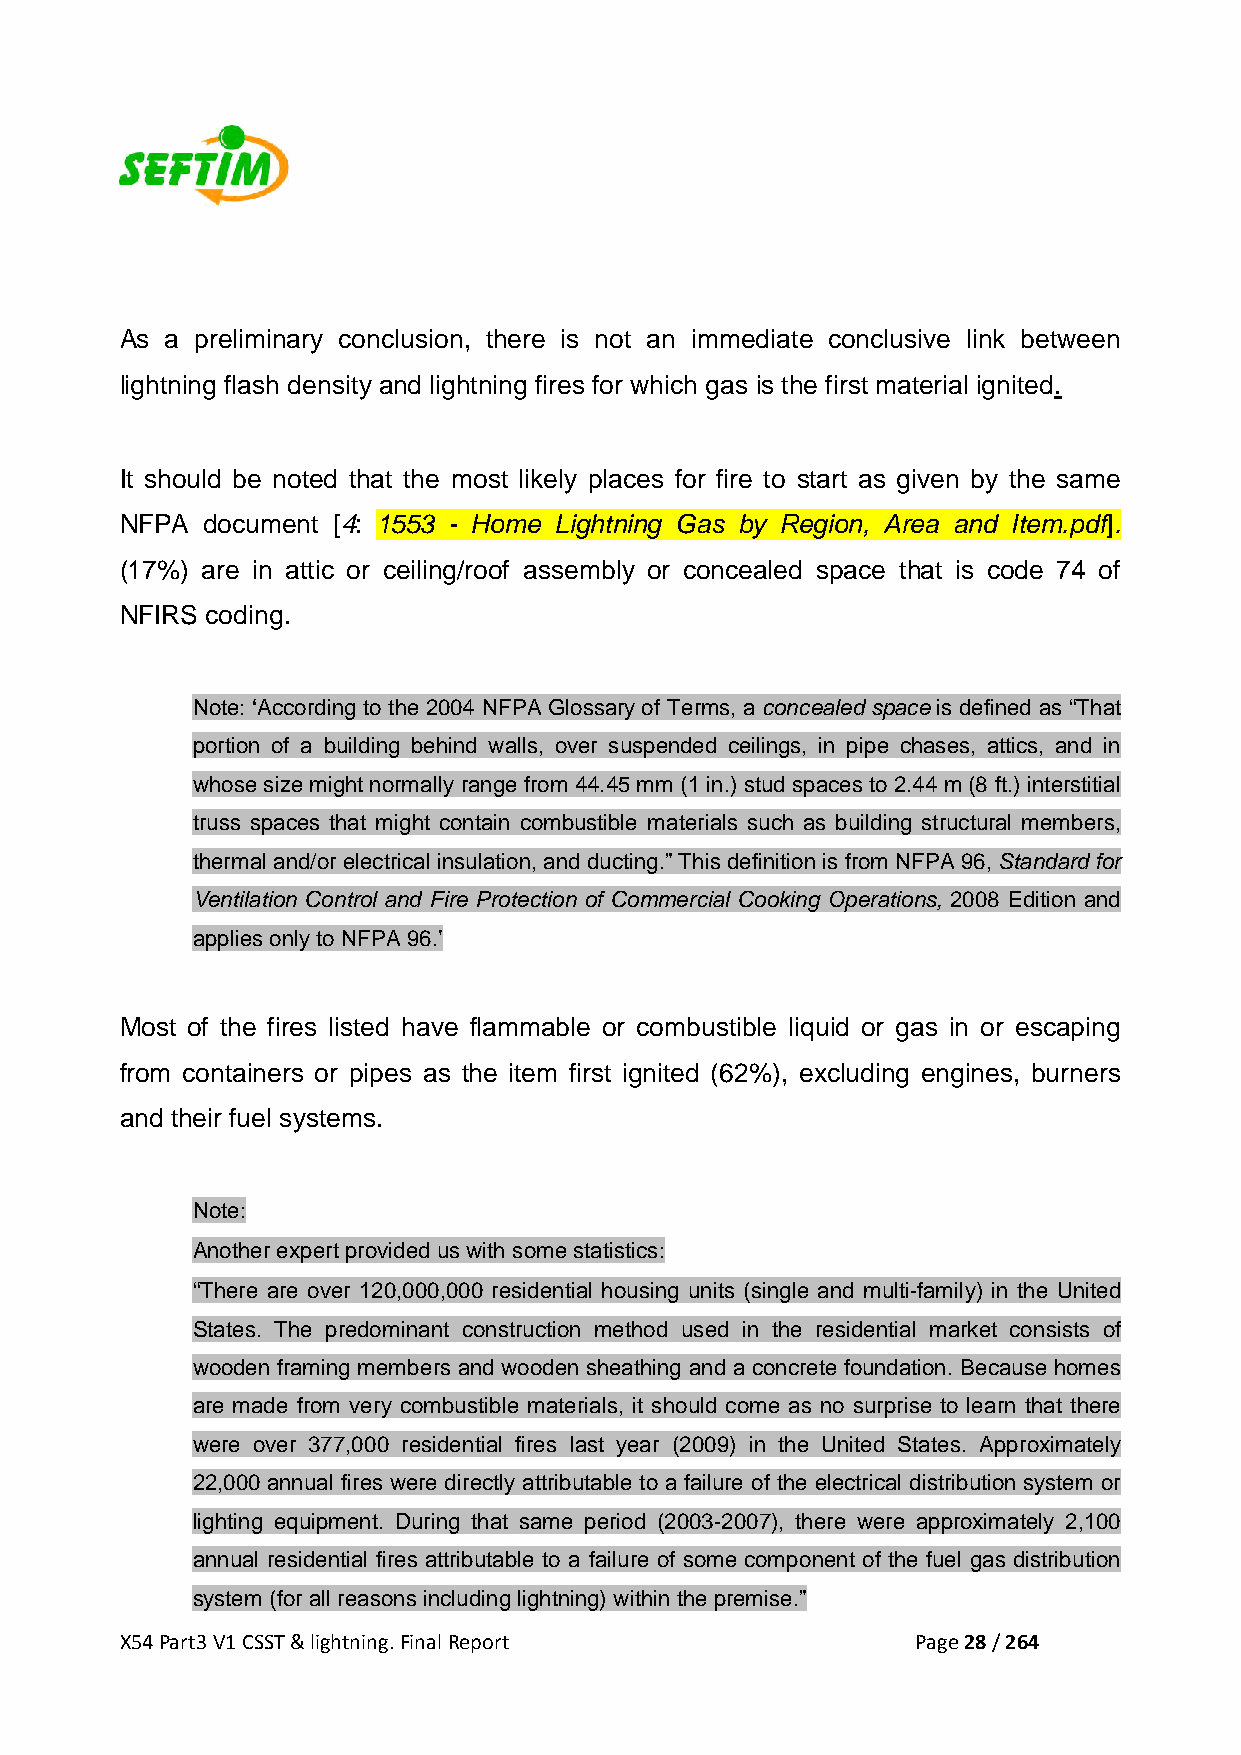
As a preliminary conclusion, there is not an immediate conclusive link between
 lightning flash density and lightning fires for which gas is the first material ignited.
 It should be noted that the most likely places for fire to start as given by the same
 NFPA document [4: 1553 - Home Lightning Gas by Region, Area and Item.pdf].
 (17%) are in attic or ceiling/roof assembly or concealed space that is code 74 of
 NFIRS coding.
 Note: ‘According to the 2004 NFPA Glossary of Terms, a concealed space is defined as “That
 portion of a building behind walls, over suspended ceilings, in pipe chases, attics, and in
 whose size might normally range from 44.45 mm (1 in.) stud spaces to 2.44 m (8 ft.) interstitial
 truss spaces that might contain combustible materials such as building structural members,
 thermal and/or electrical insulation, and ducting.” This definition is from NFPA 96, Standard for
 Ventilation Control and Fire Protection of Commercial Cooking Operations, 2008 Edition and
 applies only to NFPA 96.’
 Most of the fires listed have flammable or combustible liquid or gas in or escaping
 from containers or pipes as the item first ignited (62%), excluding engines, burners
 and their fuel systems.
 Note:
 Another expert provided us with some statistics:
 “There are over 120,000,000 residential housing units (single and multi-family) in the United
 States. The predominant construction method used in the residential market consists of
 wooden framing members and wooden sheathing and a concrete foundation. Because homes
 are made from very combustible materials, it should come as no surprise to learn that there
 were over 377,000 residential fires last year (2009) in the United States. Approximately
 22,000 annual fires were directly attributable to a failure of the electrical distribution system or
 lighting equipment. During that same period (2003-2007), there were approximately 2,100
 annual residential fires attributable to a failure of some component of the fuel gas distribution
 system (for all reasons including lightning) within the premise.”
 X54 Part3 V1 CSST & lightning. Final Report          Page 28 / 264